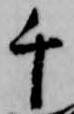
千